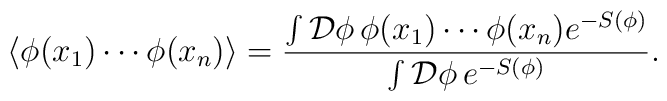
\langle \phi(x_1)\cdots\phi(x_n)\rangle = \frac{\int \mathcal{D}\phi\, \phi(x_1)\cdots\phi(x_n) e^{-S(\phi)}}        {\int \mathcal{D}\phi\, e^{-S(\phi)}} .